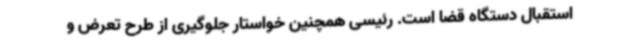
استقبال دستگاه قضا است. رئیسی همچنین خواستار جلوگیری از طرح تعرض و